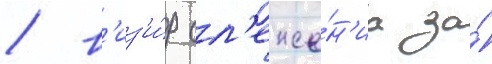
/ в'из'и́р сл'еже́н'иа за́